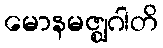
မောနမဇ္ဈဂါတိ